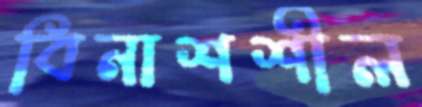
বিনাশশীল